Annual report on the working of the mental hospitals in the Madras Presidency - 1912-1932
Year: 1912
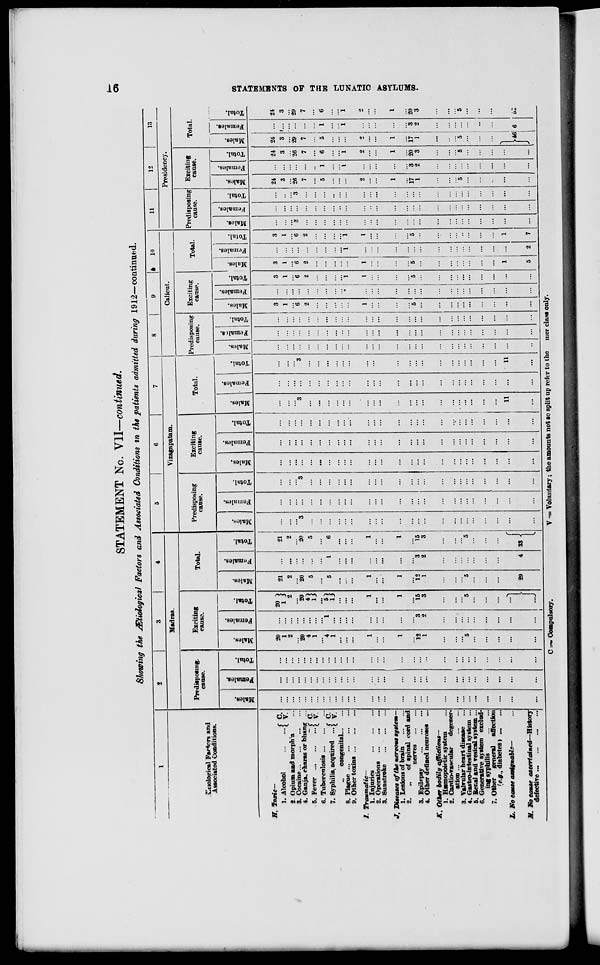
STATEMENT No. V\l—continued.
Stiowing the JBtiological Factors and Associated Conditions in the patients admitted during 1912—continued.
O*
1
2
1
1
4
5
6
7
8
9
»
1»
11
12
13
Madras.
Vizagapatam.
Calicut.
Presidency.
Predisposing.
Exciting
Total
Predisposing
Exciting
Total.
Predisposing Exciting
Total.
Predisposing Exciting
Total.
cause.
causa.
cause.
cause.
cause.
cause.
cause.
cause.
^uolojrical Factors and
Associated Conditions.
.
■
.
.
.
„•
»
09
O!
.
09
S
CO
09
m
V
3J
^2
*
x
cS
X
"5
£
-
X
•3
•
■/.
"5
X
"3
X
"3 ~i
»
3
09
"3 _;
X
_; n "3 ^i
s
g
1 o *3
g
£
0
o
EH
O
S3
g
I
O
H
s
g
Pi
±
0
H
g
s
0
4S
0
"3
g
. £
O
fc-
"3
g
a
0
H
"3
g
S 3
& 1 2
=1 g
g 1 •a
*5
3 3
g
I 1 0 3
g
S
-
O
H
CO
,
1
1
,
H
»
IT. Toxic—
!
B
H
si
1. Alcohol
[ ^'
...
...
...
20
1
20
1 } " ... 21
...
...
...
...
3
3
3
3
... 24
24 24 ... 24
2 Opium and morpha
...
...
2
2
2
2
...
...
...
...
1
1
1
1
3
3
3 1...
3
GO
3. Cocaine
.
...
...
4. Ganja, charas or bhang ...
20
2 0
20
20
3
"3
...
...
"3
3
6
"i 6
6
3
3 28 ... 26 29
29
O
5. Fever
.?.[ y
...
...
...
4
1
...
4
1 } • ...
5
...
...
...
...
2
*
2 ...
2
7 ...
7
7 ...
7
•^
6. Tuberculosis
...
...
H
7. Syphilis, acquired ...< S"
...
...
...
4
1
1
5
1 } '"« 1
5
...
...
...
...
...
...
...
... ...
... ...
...
...
5
1
6
5
1
6
S
congenital
...
...
...
8. Plague
...
...
...
a
9. Other toxins
...
...
...
...
...
...
...
...
...
...
...
...
...
...
...■
*
1
1 "i
...
i 1 ... i 1
el
/. Traumatic—
1. Injuries
...
1
1
1
L
...
...
1
1
1
\
2
2
0
2
H
2. Operations
...
...
...
...
Q
3. Sunstroke
...
...
...
...
...
...
...
...
...
...
...
...
...
...
... ...
... ... ... ...
...
...
...
GO
7, Diseases of the nervous system—
1. Lesions of brain
...
1
] 1
1
...
1 1
... ...
...
1
1
1
1
Hi
f
a
S
GQ
2.
,.
of spinal cord and
nerves
...
...
...
...
3. Epilepsy
12
3
1.' >
12
3
11
...
...
...
...
... ...
5 ...
5
5
a
17
3 20 17 "s 20
4. Other denned neuroses ... ...
...
1
2
!
1
2
'.'.'.
...
...
...
...
...
...
...
...
... ... ... ... ... ... ... ... ... ... ... ...
1
2
3
1
2
3
K, Other bodily afflictions—
1. Hsemopoi<>tic system
...
.
...
2. Cardio-vasi-ulai-
degener-
ation ...
...
...
3. Valvular heart disease
...
'.'.'.
4. Gastrointestinal system ... ...
5
&
"5
J
...
5
5
5
5
5. Renal and vesical system ...
...
...
...
...
...
...
1
...
6. Generative system exclud-
ing syphilis
... ' ...
...
... ... i ...
!
7. Other general affection
'e.g., diabetes)
...
...
...
...
...
...
...
...
...
...
...
...
...
...
...
...
...
... ... ...
...
...
...
'/. No cause assignable—
...
...
...
...
...
... >
f ...
...
...
...
...
11
...
11
... ... ...
1 ...
1 ... ... ... ...
■}
29
4 S3 -
H6 6 62
I. No cause ascertained—History
f
defective
i
...
•"
...
"
1
5
2
7
J 1
C -■» Compulsory.
V -= Voluntary; the amounts not so split up refer to the nier class only.